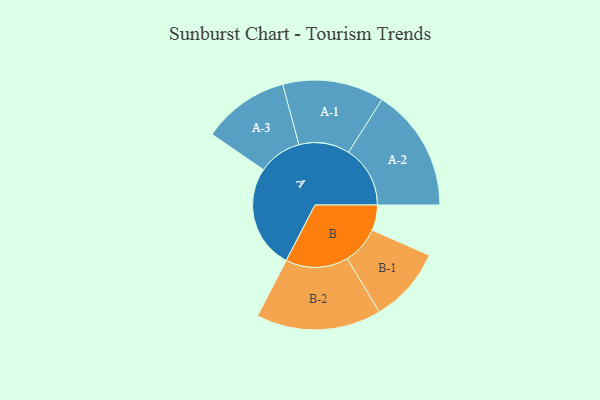
{"axis": {"x": "Segment", "y": "Value"}, "legend": ["", "A", "B"], "data": [{"x": "A", "y": 438, "type": ""}, {"x": "B", "y": 107, "type": ""}, {"x": "A-1", "y": 214, "type": "A"}, {"x": "A-2", "y": 260, "type": "A"}, {"x": "A-3", "y": 183, "type": "A"}, {"x": "B-1", "y": 159, "type": "B"}, {"x": "B-2", "y": 264, "type": "B"}]}